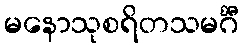
မနောသုစရိတသမင်္ဂီ